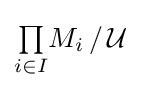
{\textstyle \prod \limits _{i\in I}}M_{i}\,/\,{\mathcal {U}}